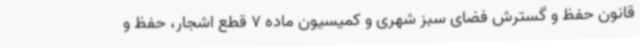
قانون حفظ و گسترش فضای سبز شهری و کمیسیون ماده 7 قطع اشجار، حفظ و